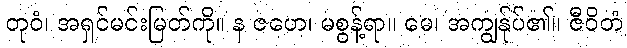
တုဝံ၊ အရှင်မင်းမြတ်ကို။ န ဇဟေ၊ မစွန့်ရာ။ မေ၊ အကျွန်ုပ်၏။ ဇီဝိတံ